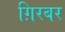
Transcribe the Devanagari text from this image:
ग़िरबर